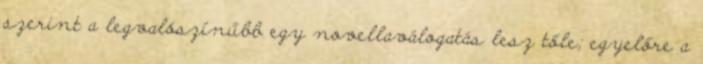
szerint a legvalószínűbb egy novellaválogatás lesz tőle; egyelőre a